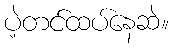
ပဲ့တင်ထပ်နေဆဲ။